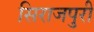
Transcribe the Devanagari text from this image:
सिराजपुरी